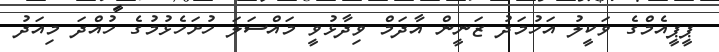
ޕީޕީއެމްގެ ވަކީލު އަހުމަދު ޒަނީން އާދަމް ވިދާޅުވީ މައްސަލަ ހުށަހެޅުމުގެ ހުއްދަ މިއަދު